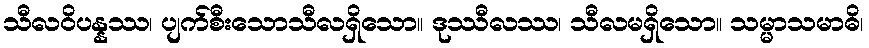
သီလဝိပန္နဿ၊ ပျက်စီးသောသီလရှိသော။ ဒုဿီလဿ၊ သီလမရှိသော။ သမ္မာသမာဓိ၊